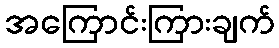
အကြောင်းကြားချက်